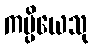
ကပ္ပိယေသု